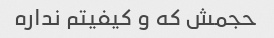
حجمش که و کیفیتم نداره